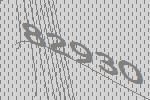
82930